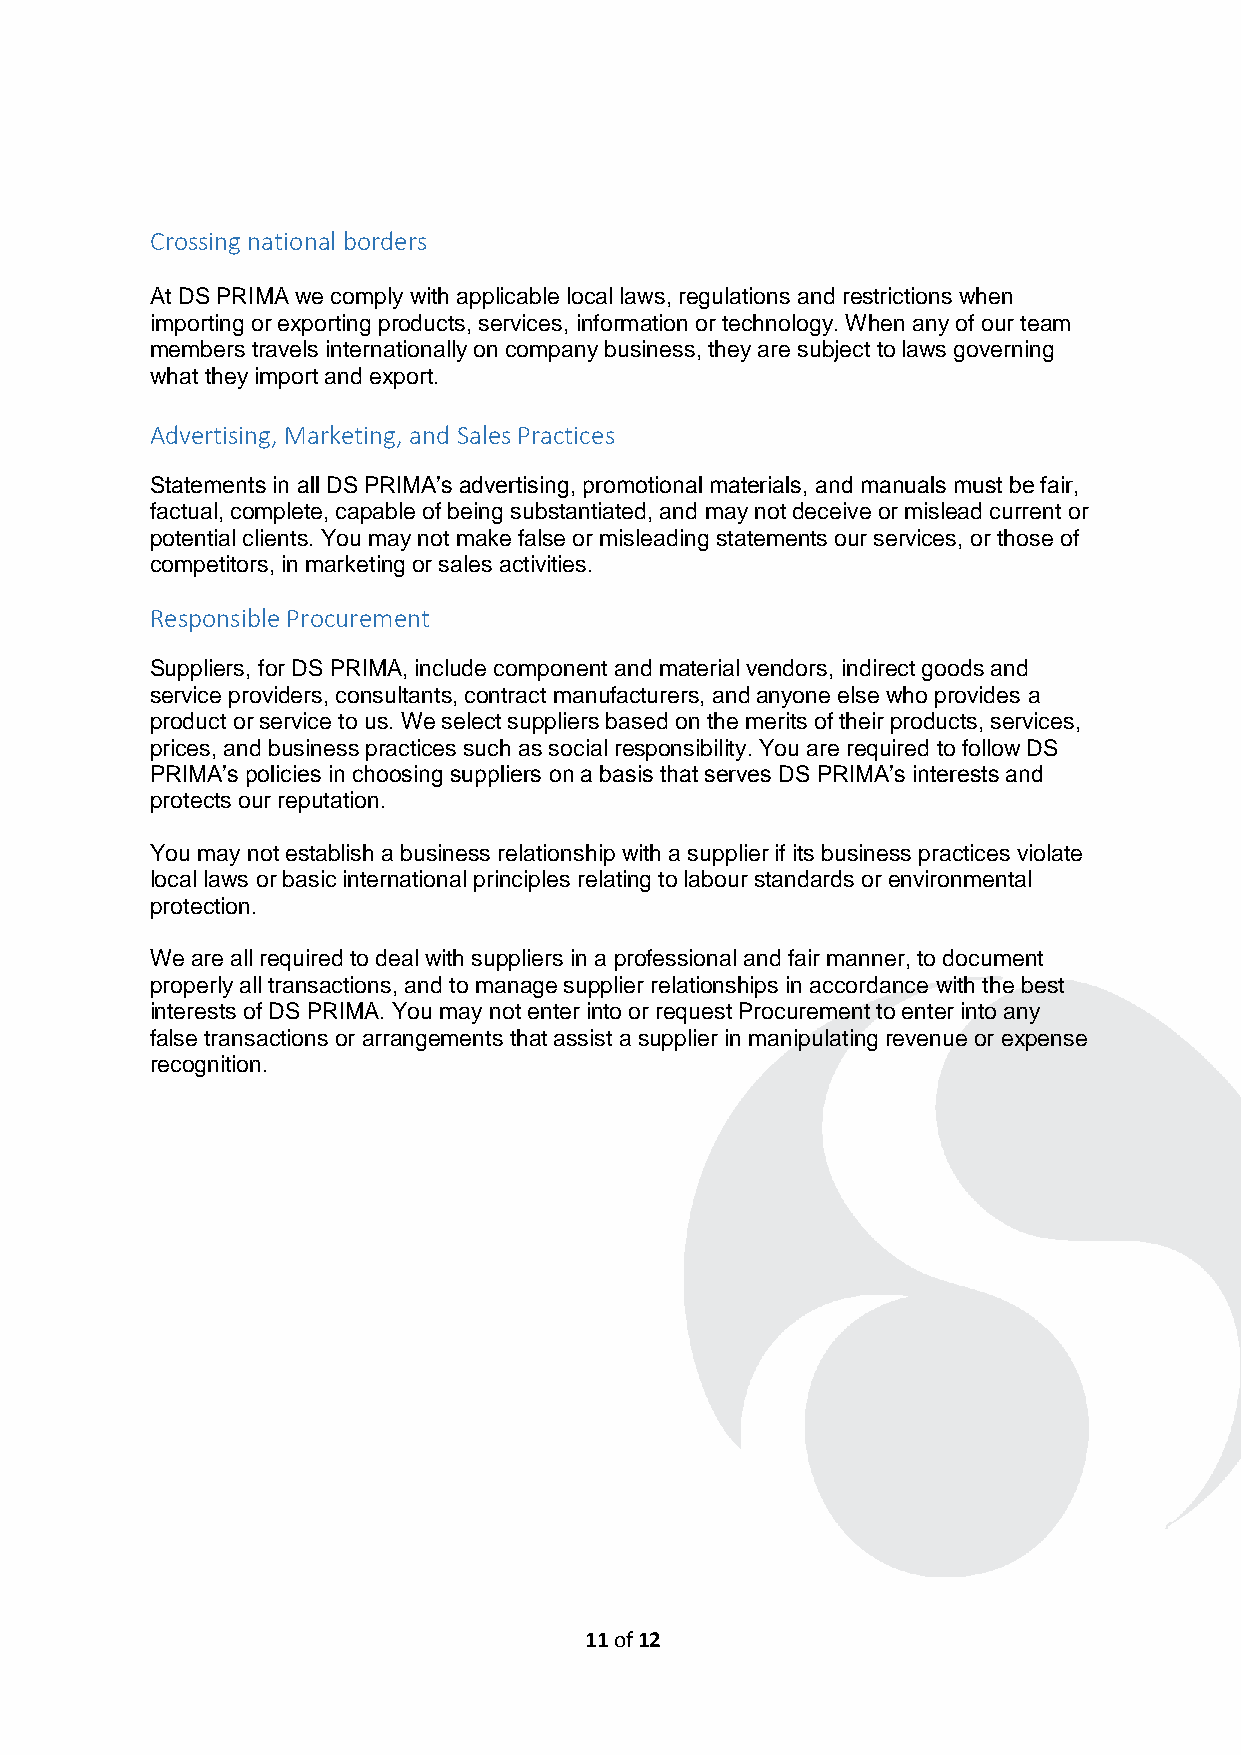
Crossing national borders
 At DS PRIMA we comply with applicable local laws, regulations and restrictions when
 importing or exporting products, services, information or technology. When any of our team
 members travels internationally on company business, they are subject to laws governing
 what they import and export.
 Advertising, Marketing, and Sales Practices
 Statements in all DS PRIMA’s advertising, promotional materials, and manuals must be fair,
 factual, complete, capable of being substantiated, and may not deceive or mislead current or
 potential clients. You may not make false or misleading statements our services, or those of
 competitors, in marketing or sales activities.
 Responsible Procurement
 Suppliers, for DS PRIMA, include component and material vendors, indirect goods and
 service providers, consultants, contract manufacturers, and anyone else who provides a
 product or service to us. We select suppliers based on the merits of their products, services,
 prices, and business practices such as social responsibility. You are required to follow DS
 PRIMA’s policies in choosing suppliers on a basis that serves DS PRIMA’s interests and
 protects our reputation.
 You may not establish a business relationship with a supplier if its business practices violate
 local laws or basic international principles relating to labour standards or environmental
 protection.
 We are all required to deal with suppliers in a professional and fair manner, to document
 properly all transactions, and to manage supplier relationships in accordance with the best
 interests of DS PRIMA. You may not enter into or request Procurement to enter into any
 false transactions or arrangements that assist a supplier in manipulating revenue or expense
 recognition.
 11 of 12